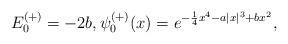
LaTeX: \begin{align*} E_0^{(+)} = - 2b, \psi_0^{(+)}(x) = e^{- \frac{1}{4} x^4 - a |x|^3 + b x^2}, \end{align*}